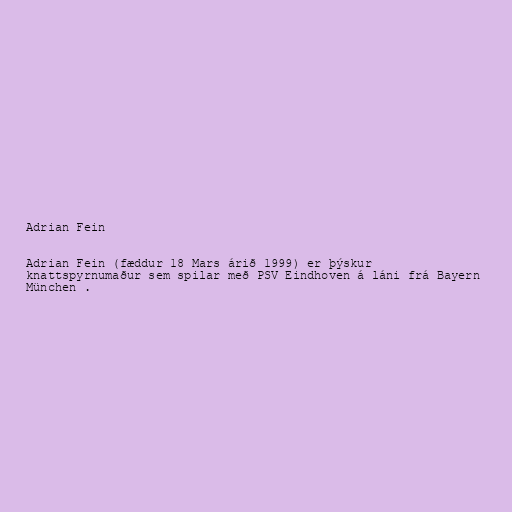
Adrian Fein

Adrian Fein (fæddur 18 Mars árið 1999) er þýskur
knattspyrnumaður sem spilar með PSV Eindhoven á láni frá Bayern
München .